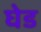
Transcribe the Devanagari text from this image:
घेड